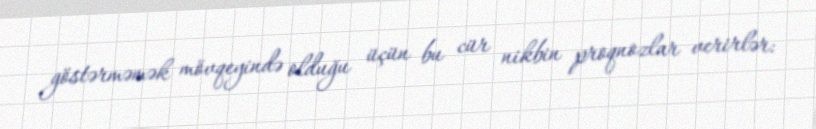
göstərməmək mövqeyində olduğu üçün bu cür nikbin proqnozlar verirlər: